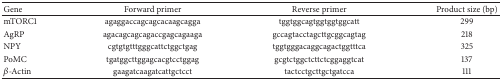
| Gene | Forward primer | Reverse primer | Product size (bp) |
 | --- | --- | --- | --- |
 | mTORC1 | agaggaccagcagcacaagcagga | tggtggcagtggtggtggcatt | 299 |
 | AgRP | agacagcagcagaccgagcagaaga | gccagtacctagcttgcggcagtag | 218 |
 | NPY | cgtgtgtttgggcattctggctgag | tggtgggacaggcagactggtttca | 325 |
 | PoMC | tgatggcttggagcacgtcctggag | gcgtctggctcttctcggaggtcat | 137 |
 | β-Actin | gaagatcaagatcattgctcct | tactcctgcttgctgatcca | 111 |